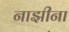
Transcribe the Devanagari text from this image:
नाझीना